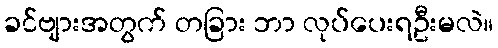
ခင်ဗျားအတွက် တခြား ဘာ လုပ်ပေးရဦးမလဲ။